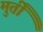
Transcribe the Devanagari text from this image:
मुर्तीं